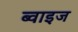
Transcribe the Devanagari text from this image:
ब्वाइज